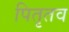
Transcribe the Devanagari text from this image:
पितृतव